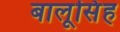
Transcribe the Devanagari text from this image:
बालूसिंह